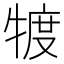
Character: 𤚡